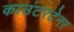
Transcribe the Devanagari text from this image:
काउंटरटेनर